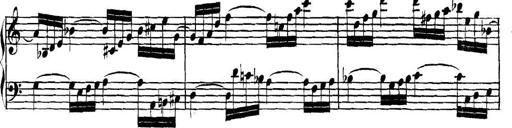
Title: Collected Piano Sonatas
Composer: Muzio Clementi